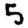
Digit: 5